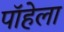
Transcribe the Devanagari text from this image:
पॉहेला